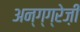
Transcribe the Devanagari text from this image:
अन्ग्ग्रेज़ी